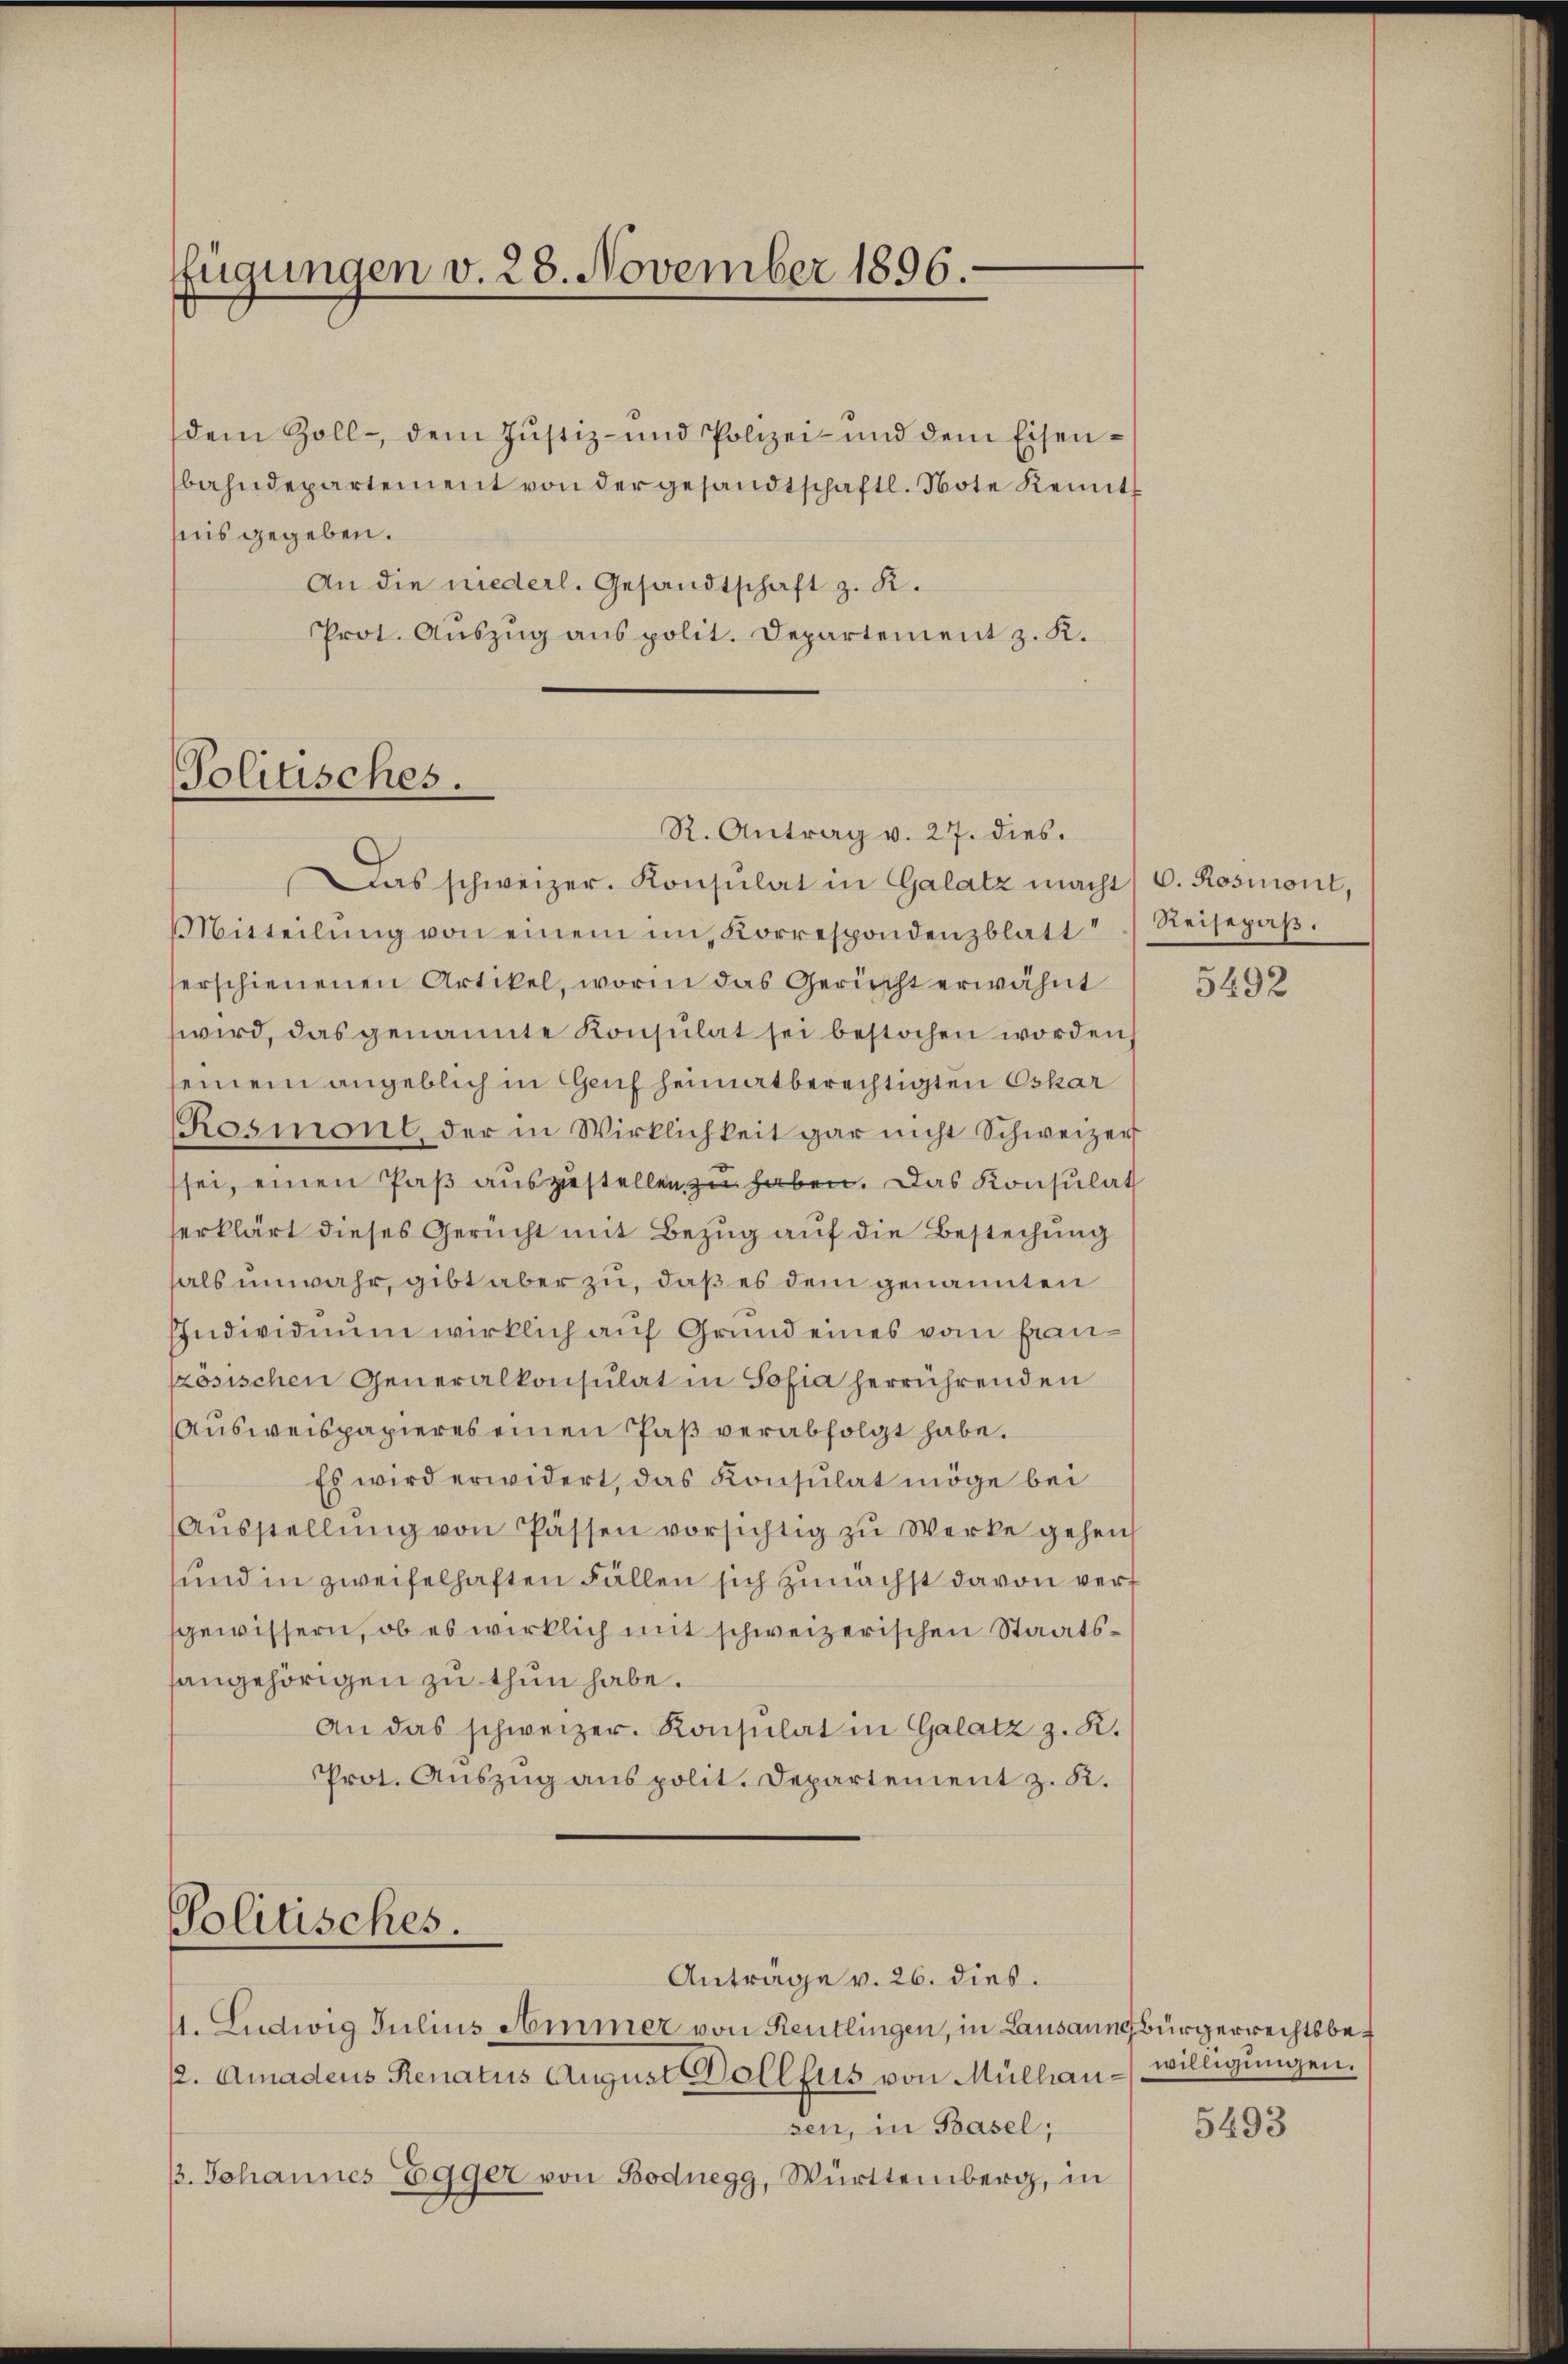
ffügungen v. 28. November 1896.

dem Zoll- dem Jŭstiz- und Polizei- und dem Eisen-
bahndepartement von der gesandtschaftl. Note Remitt
fnis gegeben.
An die niederl. Gesandtschaft z. R.
Prot. Aŭszŭg ans polit. Departement z. K.

Politisches.

R. Antrag v. 27. dies

Politisches.
Anträge v. 26. dies.

1. Ludwig Julius Ammer von Reutlingen, in Lausaunsbürgerrechtsbe¬
(2. Amadeus Renatus August Dollfus von Mülhau willigŭngen.
sen, in Basel;
/. Johannes Egger von Bodnegg, Württemberg, in

Das schweizer. Konsulat in Galatz macht C. Rosmont,
Mitteilŭng von einem im Korrespondenzblatt") Reisepaβ.
herschienenen Artikel, worin das Gericht erwähnt
wird, das genannte Konsulat sei bestochen worden s
seinem angeblich in Genf heimatberechtigten Oskar
Rosmont der in Wirklichkeit gar nicht Schweizer
sei, einen Paß auszustellen zu haben. Das Konsulat
serklärt dieses Gericht mit Bezug auf die Bestechung
hals unwahr, gibt aber zu, daß es dem genannten
EIndividuum wirklich auf Grund eines vom französischen Generalkonsulat in Sofia herrührenden
Ausweispapieres einen Paß verabfolgt habe.
Es wird erwidert, das Konsulat möge bei
Aŭsstellŭng von Passen vorsichtig zu Werke gehen
und in zweifelhaften Fällen sich zunächst davon vert
gewissern, ob es wirklich mit schweizerischen Staatssangehörigen zu thun habe.
An das schweizer. Konsulat in Galatz z. R.
Prot. Auszug aus polit. Departement z. R.

5492

5493